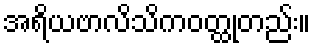
အရိယဗာလိသိကဝတ္ထုတည်း။